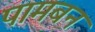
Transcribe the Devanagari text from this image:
पामबन